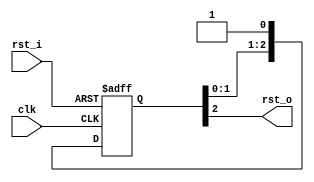
// from https://github.com/trivialmips/nontrivial-mips
// modified by: MaxXing, 2019-11

`timescale 1ns / 1ps

module ResetSynchronizer #(
  parameter RESET_STAGE = 3,
  parameter RESET_POSEDGE = 0
) (
  input   clk,
  input   rst_i,
  output  rst_o
);

  reg [RESET_STAGE - 1:0] reset_sync;

  assign rst_o = reset_sync[RESET_STAGE - 1];

  generate
    if (RESET_POSEDGE == 0) begin: reset_negedge
      always @(posedge clk, negedge rst_i) begin
        if (!rst_i) begin
          reset_sync <= {RESET_STAGE{1'b0}};
        end
        else begin
          reset_sync <= {reset_sync[RESET_STAGE - 2:0], 1'b1};
        end
      end
    end
    else begin: reset_posedge
      always @(posedge clk, posedge rst_i) begin
        if (rst_i) begin
          reset_sync <= {RESET_STAGE{1'b1}};
        end
        else begin
          reset_sync <= {reset_sync[RESET_STAGE - 2:0], 1'b0};
        end
      end
    end
  endgenerate

endmodule // ResetSynchronizer